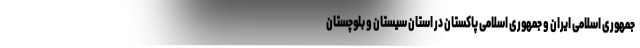
جمهوری اسلامی ایران و جمهوری اسلامی پاکستان در استان سیستان و بلوچستان